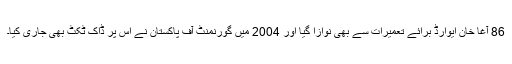
86 آغا خان ایوارڈ برائے تعمیرات سے بھی نوازا گیا اور 2004 میں گورنمنٹ آف پاکستان نے اس پر ڈاک ٹکٹ بھی جاری کیا۔